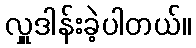
လှူဒါန်းခဲ့ပါတယ်။